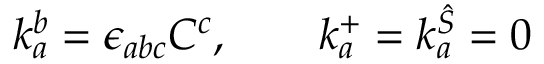
k _ { a } ^ { b } = \epsilon _ { a b c } C ^ { c } , \qquad k _ { a } ^ { + } = k _ { a } ^ { \hat { S } } = 0